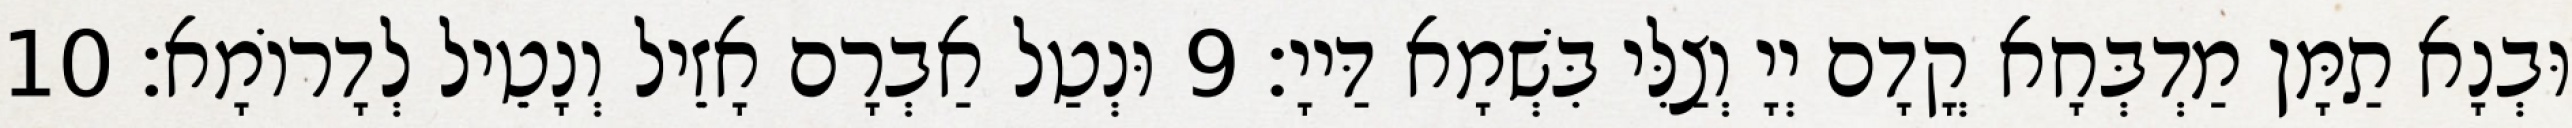
וּבְנָא תַמָּן מַדְבְּחָא קֳדָם יְיָ וְצַלִּי בִּשְׁמָא דַּייָ׃ 9 וּנְטַל אַבְרָם אָזֵיל וְנָטֵיל לְדָרוֹמָא׃ 10